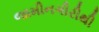
જામીનગીરીથી